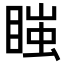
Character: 𭿇